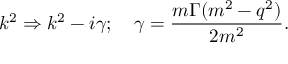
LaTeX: k ^ { 2 } \Rightarrow k ^ { 2 } - i \gamma ; \quad \gamma = \frac { m \Gamma ( m ^ { 2 } - q ^ { 2 } ) } { 2 m ^ { 2 } } .